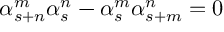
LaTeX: \alpha _ { s + n } ^ { m } \alpha _ { s } ^ { n } - \alpha _ { s } ^ { m } \alpha _ { s + m } ^ { n } = 0